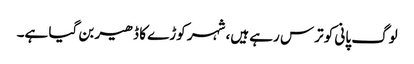
لوگ پانی کو ترس رہے ہیں، شہر کوڑے کا ڈھیر بن گیا ہے۔